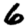
Digit: 6